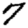
Digit: 7